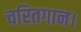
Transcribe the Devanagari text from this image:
चरितगान।